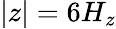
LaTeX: |z|=6H_{z}